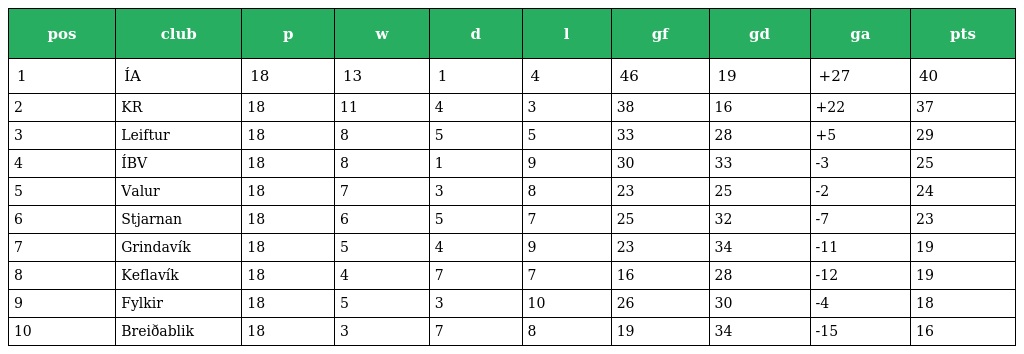
| pos | club | p | w | d | l | gf | gd | ga | pts |
 | --- | --- | --- | --- | --- | --- | --- | --- | --- | --- |
 | 1 | ÍA | 18 | 13 | 1 | 4 | 46 | 19 | +27 | 40 |
 | 2 | KR | 18 | 11 | 4 | 3 | 38 | 16 | +22 | 37 |
 | 3 | Leiftur | 18 | 8 | 5 | 5 | 33 | 28 | +5 | 29 |
 | 4 | ÍBV | 18 | 8 | 1 | 9 | 30 | 33 | -3 | 25 |
 | 5 | Valur | 18 | 7 | 3 | 8 | 23 | 25 | -2 | 24 |
 | 6 | Stjarnan | 18 | 6 | 5 | 7 | 25 | 32 | -7 | 23 |
 | 7 | Grindavík | 18 | 5 | 4 | 9 | 23 | 34 | -11 | 19 |
 | 8 | Keflavík | 18 | 4 | 7 | 7 | 16 | 28 | -12 | 19 |
 | 9 | Fylkir | 18 | 5 | 3 | 10 | 26 | 30 | -4 | 18 |
 | 10 | Breiðablik | 18 | 3 | 7 | 8 | 19 | 34 | -15 | 16 |